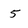
Character: 5